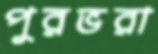
পুরভরা